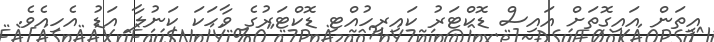
އީތަން އައިގޮތަށް އައިސް ޑޮކްޓަރު ކައިރީހުއްޓި ޑޮކްޓަރުގެ ވާހަކަ ކަނުލާ އަޑު އެހިއެވެ.